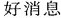
好消息